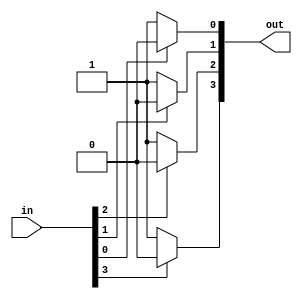
module negate(input [3:0] in, output reg [3:0] out);
    integer i;
    always @* begin
        for(i = 0; i < 4; i = i + 1) begin
            if(in[i] == 1) out[i] = 0;
            else out[i] = 1;
            
        end
    end
endmodule